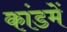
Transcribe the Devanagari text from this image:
कांडमें